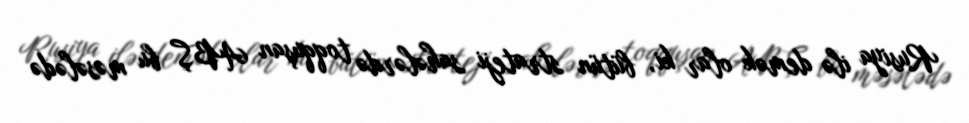
Rusiya ilə demək olar ki, bütün strateji sahələrdə toqquşan ABŞ bu məsələdə